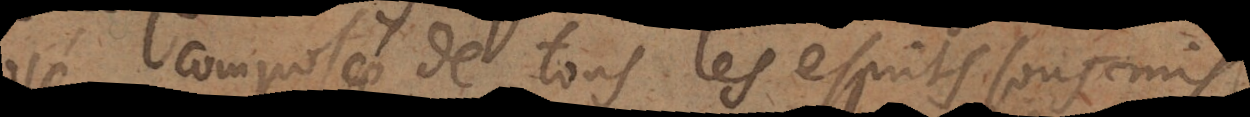
composée de tous les esprits sousmis